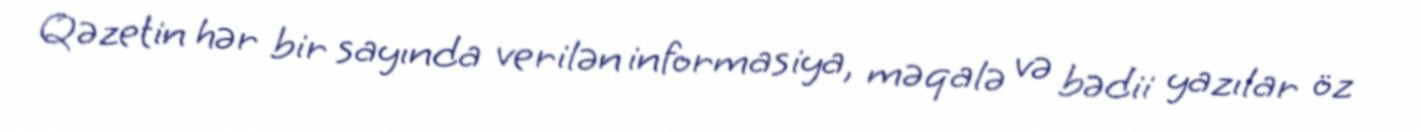
Qəzetin hər bir sayında verilən informasiya, məqalə və bədii yazılar öz